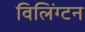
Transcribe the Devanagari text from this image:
विलिंग्‍टन